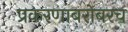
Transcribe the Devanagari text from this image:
प्रकरणाबरोबरच